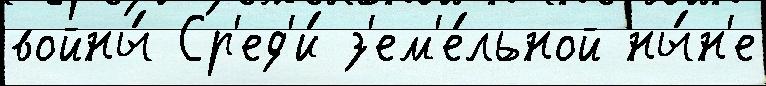
войны́ Ср'ед'и́ з'ем'е́льной ны́н'е